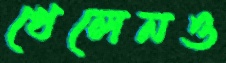
খেলেনও